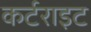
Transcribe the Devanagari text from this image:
कर्टराइट